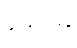
နေဝိဓ